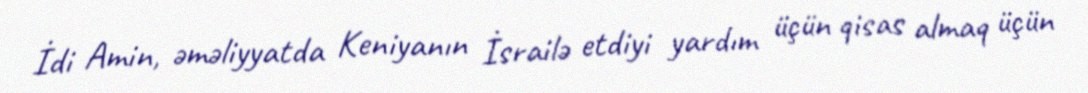
İdi Amin, əməliyyatda Keniyanın İsrailə etdiyi yardım üçün qisas almaq üçün